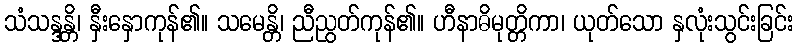
သံသန္ဒန္တိ၊ နှီးနှောကုန်၏။ သမေန္တိ၊ ညီညွတ်ကုန်၏။ ဟီနာဓိမုတ္တိကာ၊ ယုတ်သော နှလုံးသွင်းခြင်း